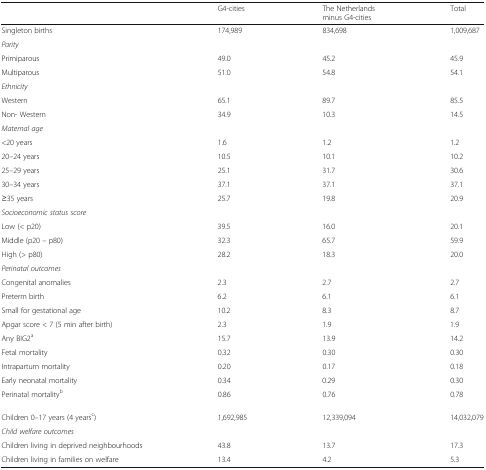
|  | G4-cities | The Netherlandsminus G4-cities | Total |
 | --- | --- | --- | --- |
 | Singleton births | 174,989 | 834,698 | 1,009,687 |
 | <COLSPAN=4> Parity |
 | Primiparous | 49.0 | 45.2 | 45.9 |
 | Multiparous | 51.0 | 54.8 | 54.1 |
 | <COLSPAN=4> Ethnicity |
 | Western | 65.1 | 89.7 | 85.5 |
 | Non- Western | 34.9 | 10.3 | 14.5 |
 | <COLSPAN=4> Maternal age |
 | <20 years | 1.6 | 1.2 | 1.2 |
 | 20–24 years | 10.5 | 10.1 | 10.2 |
 | 25–29 years | 25.1 | 31.7 | 30.6 |
 | 30–34 years | 37.1 | 37.1 | 37.1 |
 | ≥35 years | 25.7 | 19.8 | 20.9 |
 | <COLSPAN=4> Socioeconomic status score |
 | Low (< p20) | 39.5 | 16.0 | 20.1 |
 | Middle (p20 – p80) | 32.3 | 65.7 | 59.9 |
 | High (> p80) | 28.2 | 18.3 | 20.0 |
 | <COLSPAN=4> Perinatal outcomes |
 | Congenital anomalies | 2.3 | 2.7 | 2.7 |
 | Preterm birth | 6.2 | 6.1 | 6.1 |
 | Small for gestational age | 10.2 | 8.3 | 8.7 |
 | Apgar score < 7 (5 min after birth) | 2.3 | 1.9 | 1.9 |
 | Any BIG2a | 15.7 | 13.9 | 14.2 |
 | Fetal mortality | 0.32 | 0.30 | 0.30 |
 | Intrapartum mortality | 0.20 | 0.17 | 0.18 |
 | Early neonatal mortality | 0.34 | 0.29 | 0.30 |
 | Perinatal mortalityb | 0.86 | 0.76 | 0.78 |
 | Children 0–17 years (4 yearsc) | 1,692,985 | 12,339,094 | 14,032,079 |
 | Child welfare outcomes |  |  |  |
 | Children living in deprived neighbourhoods | 43.8 | 13.7 | 17.3 |
 | Children living in families on welfare | 13.4 | 4.2 | 5.3 |